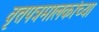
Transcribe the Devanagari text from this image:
वृत्तपत्रमालकांच्या